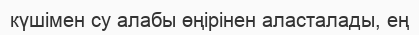
күшімен су алабы өңірінен аласталады, ең